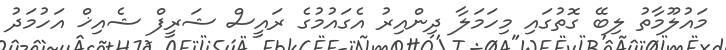
މައުލޫމާތު ލިބޭ ގޮތުގައި މިހަމަލާ ދިންއިރު އެގައުމުގެ ރައީސް ޝަރީފް ޝެއިޚް އަހުމަދު